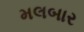
મલબાર